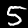
Digit: 5